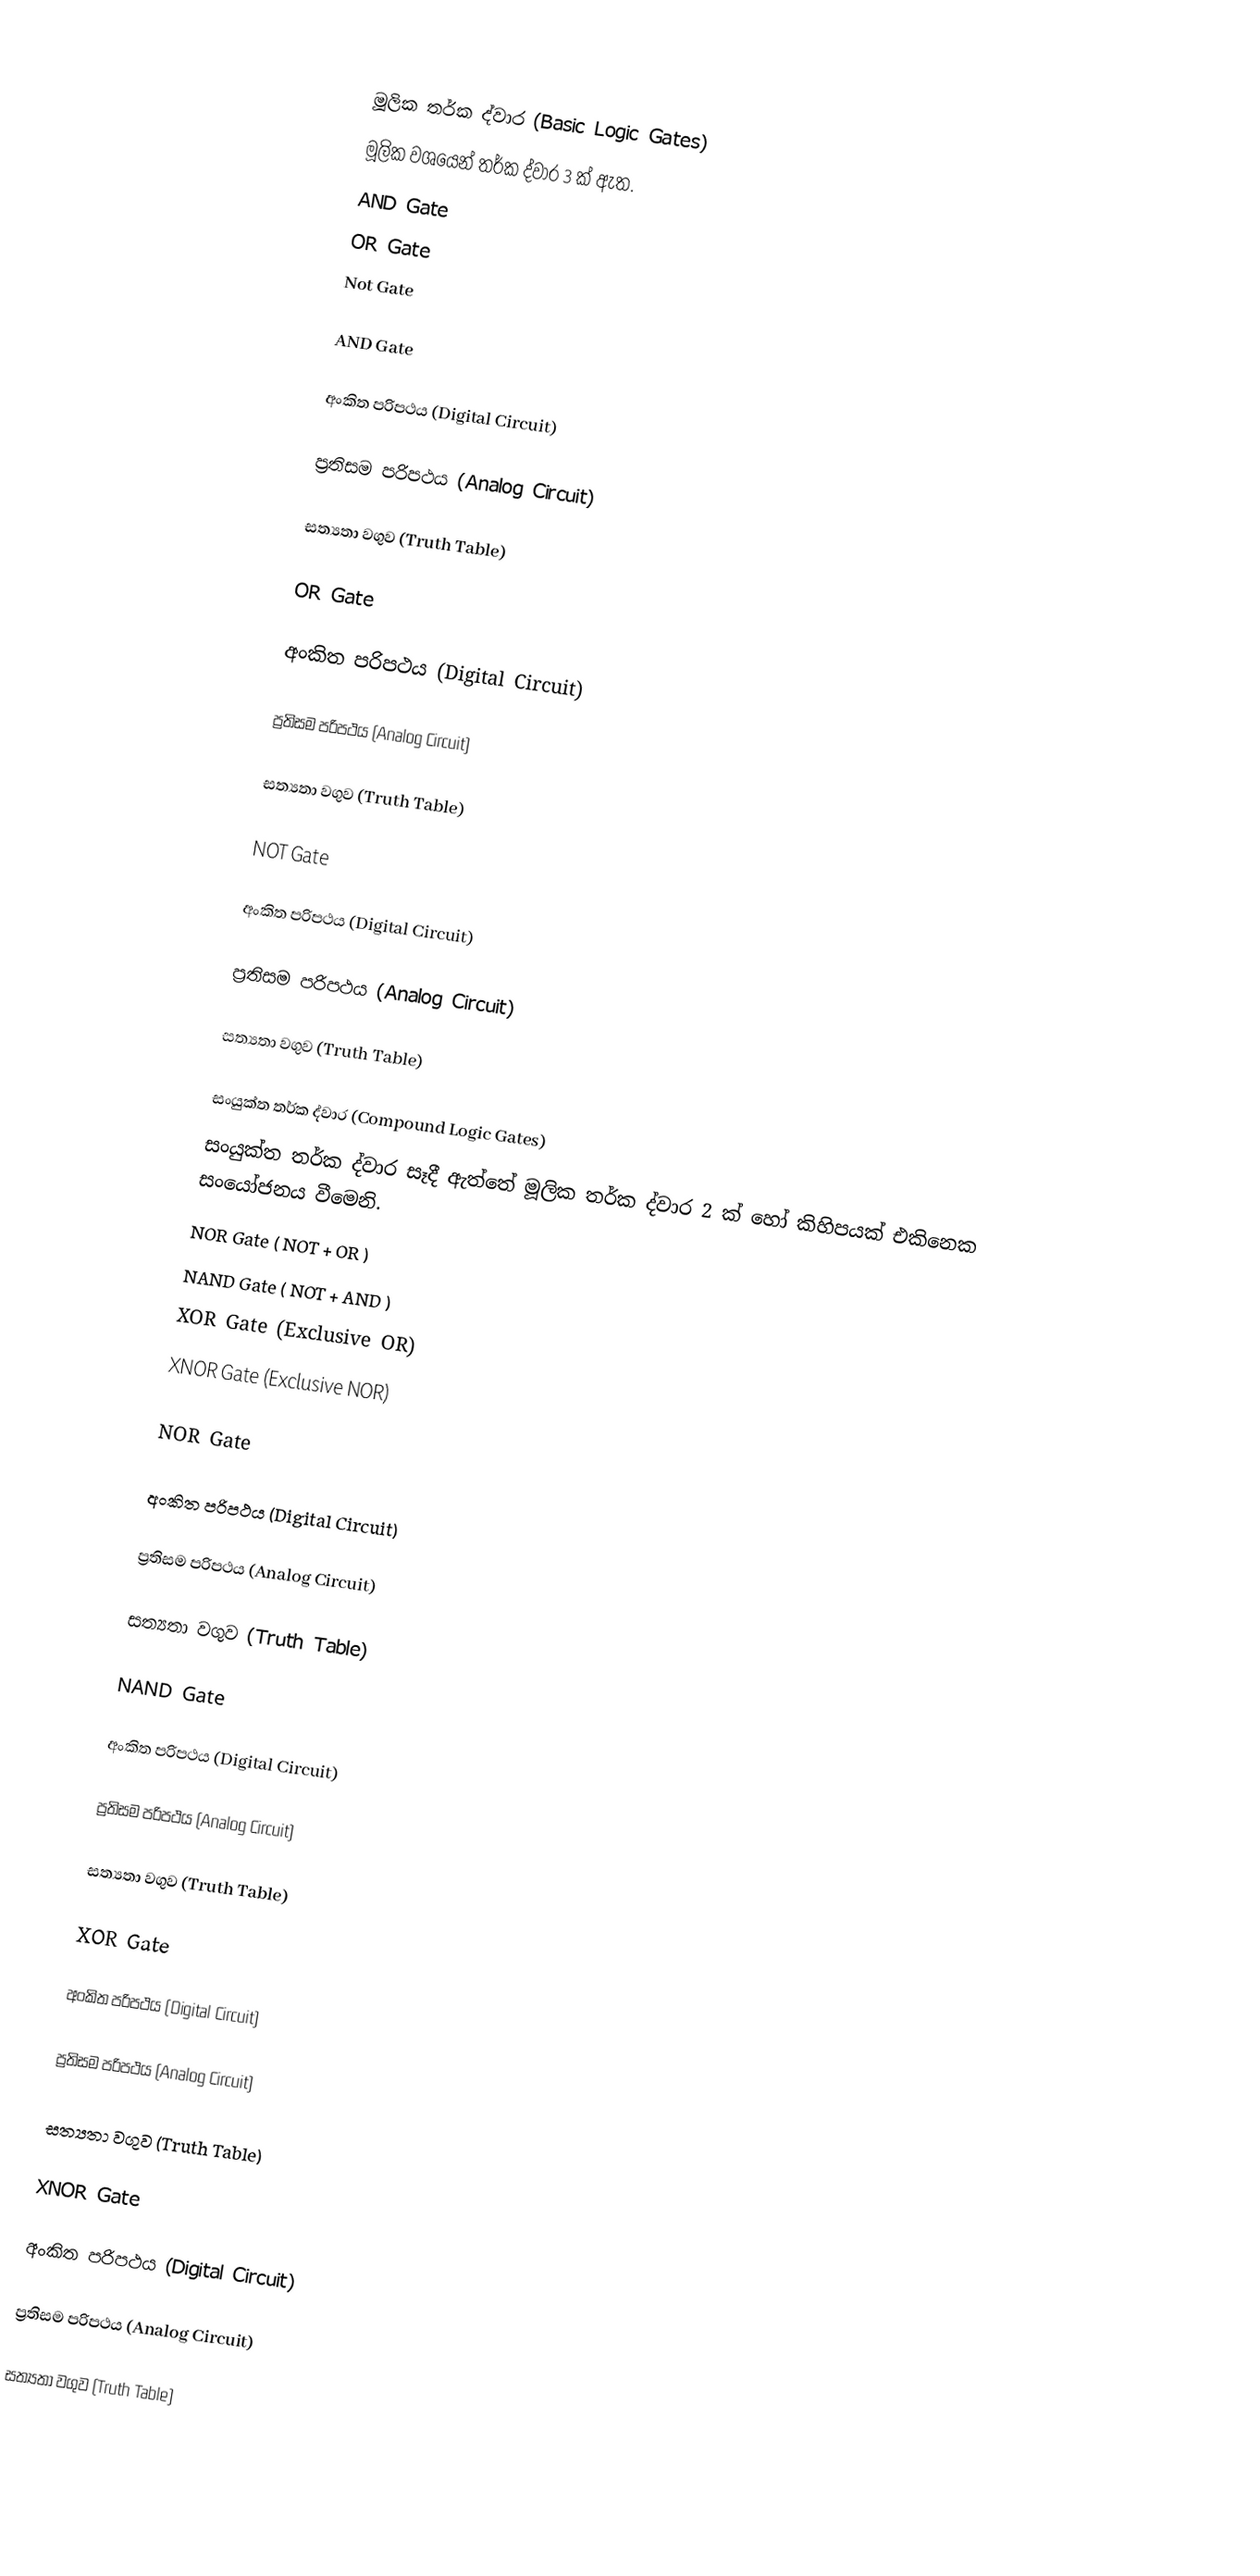

මූලික තර්ක ද්වාර (Basic Logic Gates)
මූලික වශයෙන් තර්ක ද්වාර 3 ක් ඇත.
 AND Gate
 OR Gate
 Not Gate

AND Gate

අංකිත පරිපථය (Digital Circuit)

ප්‍රතිසම පරිපථය (Analog Circuit)

සත්‍යතා වගුව (Truth Table)

OR Gate

අංකිත පරිපථය (Digital Circuit)

ප්‍රතිසම පරිපථය (Analog Circuit)

සත්‍යතා වගුව (Truth Table)

NOT Gate

අංකිත පරිපථය (Digital Circuit)

ප්‍රතිසම පරිපථය (Analog Circuit)

සත්‍යතා වගුව (Truth Table)

සංයුක්ත තර්ක ද්වාර (Compound Logic Gates)
සංයුක්ත තර්ක ද්වාර සෑදී ඇත්තේ මූලික තර්ක ද්වාර 2 ක් හෝ කිහිපයක් එකිනෙක සංයෝජනය වීමෙනි.
 NOR Gate ( NOT + OR )
 NAND Gate ( NOT + AND )
 XOR Gate (Exclusive OR)
 XNOR Gate (Exclusive NOR)

NOR Gate

අංකිත පරිපථය (Digital Circuit)

ප්‍රතිසම පරිපථය (Analog Circuit)

සත්‍යතා වගුව (Truth Table)

NAND Gate

අංකිත පරිපථය (Digital Circuit)

ප්‍රතිසම පරිපථය (Analog Circuit)

සත්‍යතා වගුව (Truth Table)

XOR Gate

අංකිත පරිපථය (Digital Circuit)

ප්‍රතිසම පරිපථය (Analog Circuit)

සත්‍යතා වගුව (Truth Table)

XNOR Gate

අංකිත පරිපථය (Digital Circuit)

ප්‍රතිසම පරිපථය (Analog Circuit)

සත්‍යතා වගුව (Truth Table)